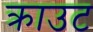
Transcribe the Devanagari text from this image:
क्राउट